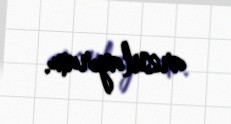
arzulayıram.